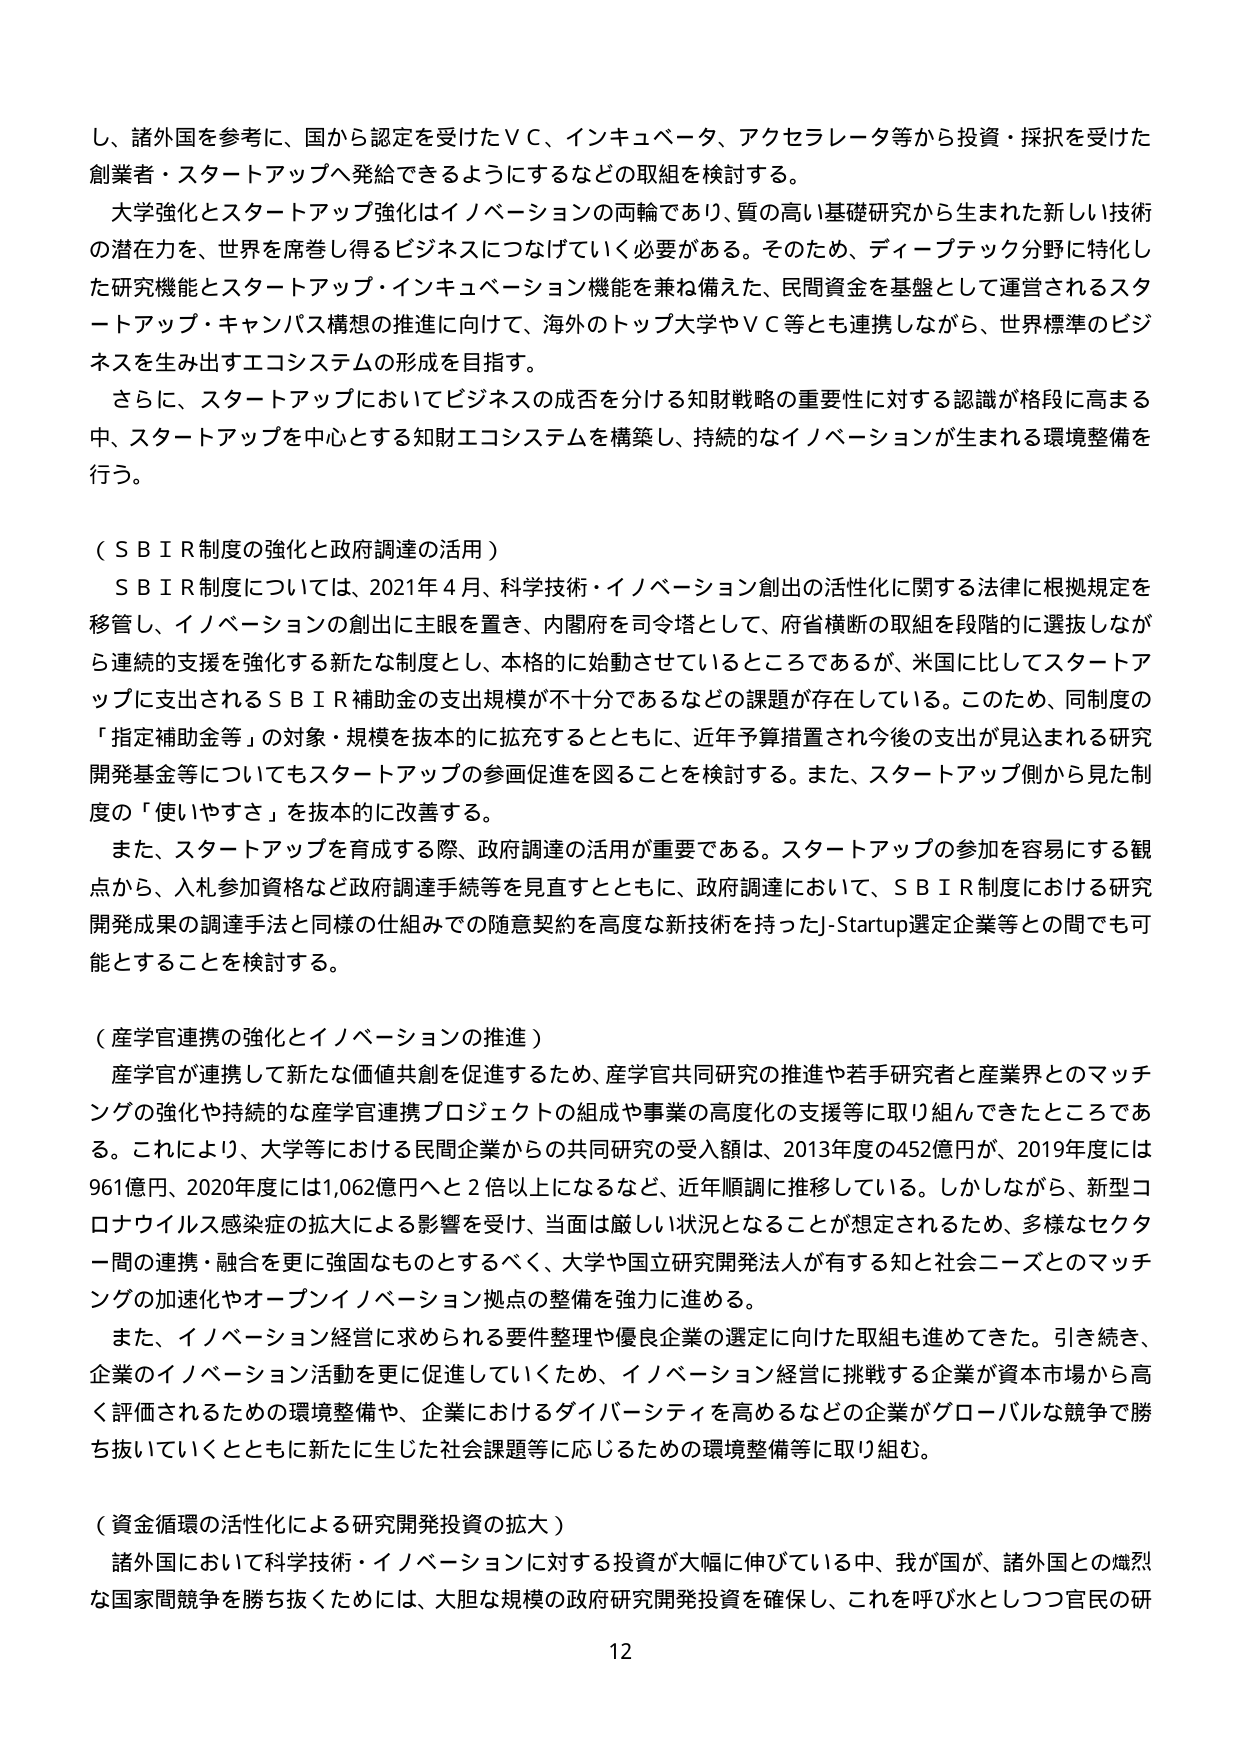
し、諸外国を参考に、国から認定を受けたＶＣ、インキュベータ、アクセラレータ等から投資・採択を受けた創業者・スタートアップへ発給できるようにするなどの取組を検討する。

大学強化とスタートアップ強化はイノベーションの両輪であり、質の高い基礎研究から生まれた新しい技術の潜在力を、世界を席巻し得るビジネスにつなげていく必要がある。そのため、ディープテック分野に特化した研究機能とスタートアップ・インキュベーション機能を兼ね備えた、民間資金を基盤として運営されるスタートアップ・キャンパス構想の推進に向けて、海外のトップ大学やＶＣ等とも連携しながら、世界標準のビジネスを生み出すエコシステムの形成を目指す。

さらに、スタートアップにおいてビジネスの成否を分ける知財戦略の重要性に対する認識が格段に高まる中、スタートアップを中心とする知財エコシステムを構築し、持続的なイノベーションが生まれる環境整備を行う。

（ＳＢＩＲ制度の強化と政府調達の活用）

ＳＢＩＲ制度については、2021年４月、科学技術・イノベーション創出の活性化に関する法律に根拠規定を移管し、イノベーションの創出に主眼を置き、内閣府を司令塔として、府省横断の取組を段階的に選抜しながら連続的支援を強化する新たな制度とし、本格的に始動させているところであるが、米国に比してスタートアップに支出されるＳＢＩＲ補助金の支出規模が不十分であるなどの課題が存在している。このため、同制度の「指定補助金等」の対象・規模を抜本的に拡充するとともに、近年予算措置され今後の支出が見込まれる研究開発基金等についてもスタートアップの参画促進を図ることを検討する。また、スタートアップ側から見た制度の「使いやすさ」を抜本的に改善する。

また、スタートアップを育成する際、政府調達の活用が重要である。スタートアップの参加を容易にする観点から、入札参加資格など政府調達手続等を見直すとともに、政府調達において、ＳＢＩＲ制度における研究開発成果の調達手法と同様の仕組みでの随意契約を高度な新技術を持ったJ-Startup選定企業等との間でも可能とすることを検討する。

（産学官連携の強化とイノベーションの推進）

産学官が連携して新たな価値共創を促進するため、産学官共同研究の推進や若手研究者と産業界とのマッチングの強化や持続的な産学官連携プロジェクトの組成や事業の高度化の支援等に取り組んできたところである。これにより、大学等における民間企業からの共同研究の受入額は、2013年度の452億円が、2019年度には961億円、2020年度には1,062億円へと２倍以上になるなど、近年順調に推移している。しかしながら、新型コロナウイルス感染症の拡大による影響を受け、当面は厳しい状況となることが想定されるため、多様なセクター間の連携・融合を更に強固なものとするべく、大学や国立研究開発法人が有する知と社会ニーズとのマッチングの加速化やオープンイノベーション拠点の整備を強力に進める。

また、イノベーション経営に求められる要件整理や優良企業の選定に向けた取組も進めてきた。引き続き、企業のイノベーション活動を更に促進していくため、イノベーション経営に挑戦する企業が資本市場から高く評価されるための環境整備や、企業におけるダイバーシティを高めるなどの企業がグローバルな競争で勝ち抜いていくとともに新たに生じた社会課題等に応じるための環境整備等に取り組む。

（資金循環の活性化による研究開発投資の拡大）

諸外国において科学技術・イノベーションに対する投資が大幅に伸びている中、我が国が、諸外国との熾烈な国家間競争を勝ち抜くためには、大胆な規模の政府研究開発投資を確保し、これを呼び水としつつ官民の研

12